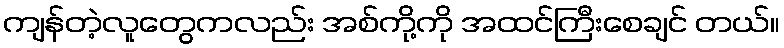
ကျန်တဲ့လူတွေကလည်း အစ်ကို့ကို အထင်ကြီးစေချင် တယ်။